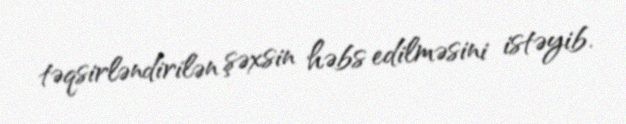
təqsirləndirilən şəxsin həbs edilməsini istəyib.